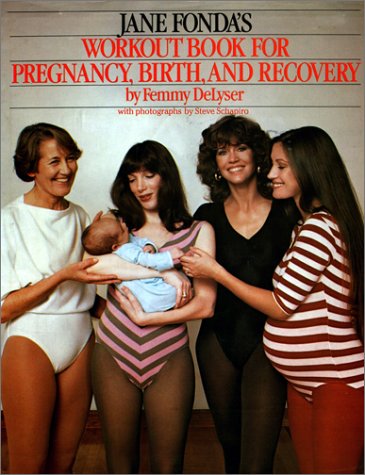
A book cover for Jane Fonda's Workout Book for Pregnancy, Birth and Recovery; Jane Fonda; Health, Fitness & Dieting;